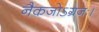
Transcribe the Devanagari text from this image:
नैकजोऽग्रजः।